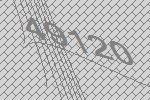
49120